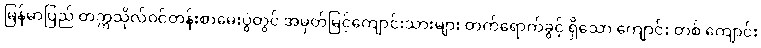
မြန်မာပြည် တက္ကသိုလ်ဝင်တန်းစာမေးပွဲတွင် အမှတ်မြင့်ကျောင်းသားများ တက်ရောက်ခွင့် ရှိသော ကျောင်း တစ် ကျောင်း